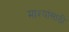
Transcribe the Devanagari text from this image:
माश्यांसाठी